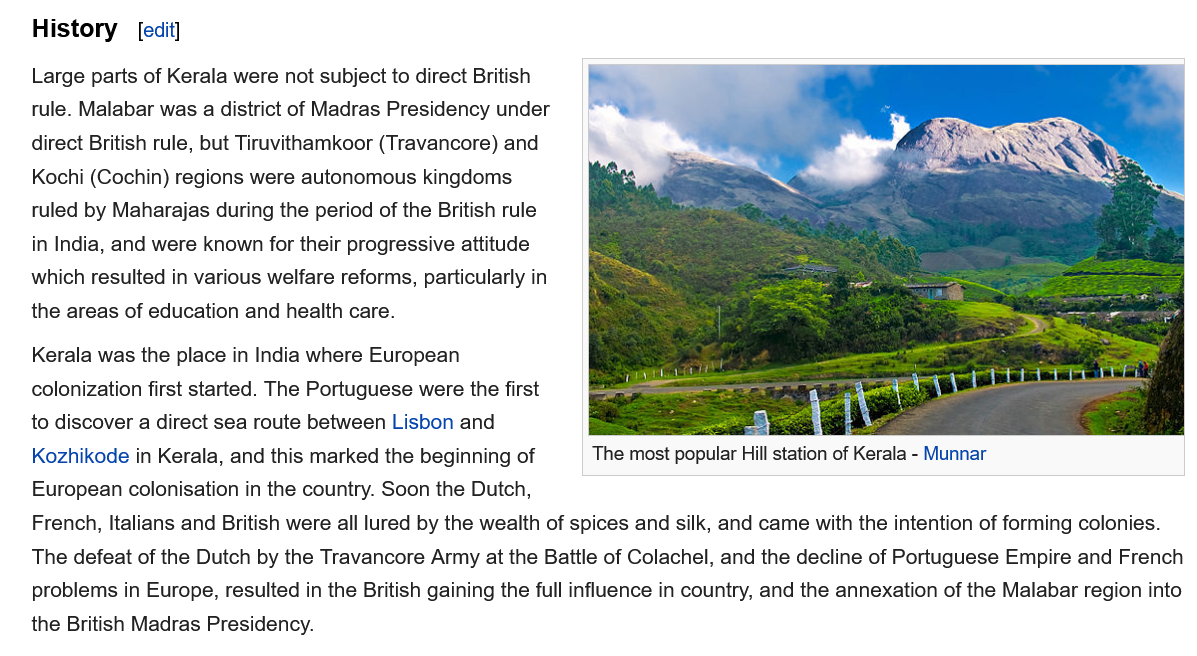
History
    Large parts of Kerala were not subject to direct British
    rule. Malabar was a district of Madras Presidency under
    direct British rule, but Tiruvithamkoor (Travancore) and
    Kochi (Cochin) regions were autonomous kingdoms
    ruled by Maharajas during the period of the British rule
    in India, and were known for their progressive attitude
    which resulted in various welfare reforms, particularly in
    the areas of education and health care.
    Kerala was the place in India where European
     colonization first started. The Portuguese were the first
    to discover a direct sea route between Lisbon and
     \
    Kozhikode in Kerala, and this marked the beginning of The most popular Hill station of Kerala
     -
     Munnar
    European colonisation in the country. Soon the Dutch,
    French, Italians and British were all lured by the wealth of spices and silk, and came with the intention of forming colonies.
    The defeat of the Dutch by the Travancore Army at the Battle of Colachel, and the decline of Portuguese Empire and French
    problems in Europe, resulted in the British gaining the full influence in country, and the annexation of the Malabar region into

    the British Madras Presidency.
     The most popular Hill station of Kerala
     -
     Munnar